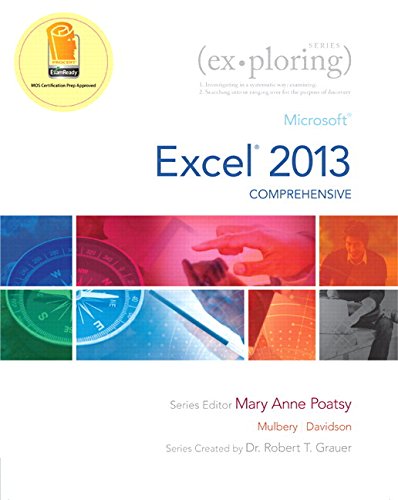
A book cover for Exploring: Microsoft Excel 2013, Comprehensive Â & MyITLab with Pearson eText -- Access Card -- for Exploring with Office 2013 Package; MaryAnne Poatsy; Computers & Technology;